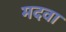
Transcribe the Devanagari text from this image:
मदवा